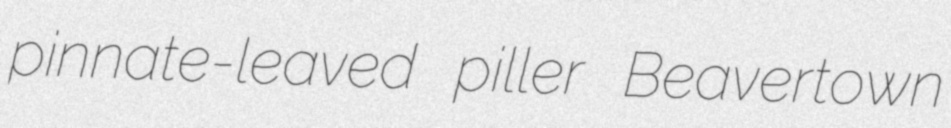
pinnate-leaved piller Beavertown